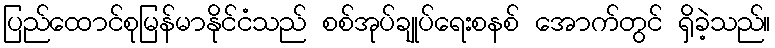
ပြည်ထောင်စုမြန်မာနိုင်ငံသည် စစ်အုပ်ချုပ်ရေးစနစ် အောက်တွင် ရှိခဲ့သည်။